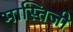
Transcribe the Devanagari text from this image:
मास्तिजी